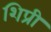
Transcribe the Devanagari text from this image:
शिप्री